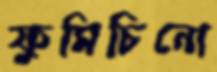
ফুমিচিনো